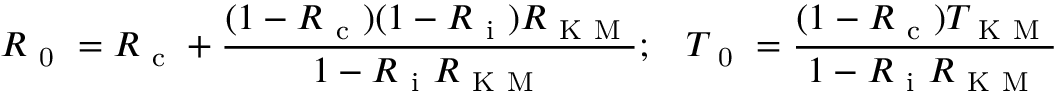
R _ { \mathrm { ~ 0 ~ } } = R _ { \mathrm { ~ c ~ } } + \frac { ( 1 - R _ { \mathrm { ~ c ~ } } ) ( 1 - R _ { \mathrm { ~ i ~ } } ) R _ { \mathrm { ~ K ~ M ~ } } } { 1 - R _ { \mathrm { ~ i ~ } } R _ { \mathrm { ~ K ~ M ~ } } } ; \, \, \, \, \, T _ { \mathrm { ~ 0 ~ } } = \frac { ( 1 - R _ { \mathrm { ~ c ~ } } ) T _ { \mathrm { ~ K ~ M ~ } } } { 1 - R _ { \mathrm { ~ i ~ } } R _ { \mathrm { ~ K ~ M ~ } } }